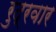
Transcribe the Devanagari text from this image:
रुद्रवार